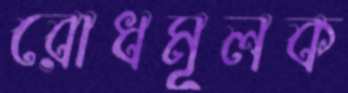
রোধমূলক